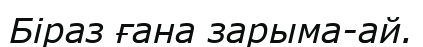
Біраз ғана зарыма-ай.